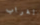
الغراب